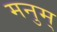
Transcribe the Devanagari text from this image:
मनुम्‌